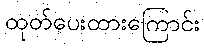
ထုတ်ပေးထားကြောင်း